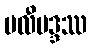
ဗလီဗဒ္ဒဿ